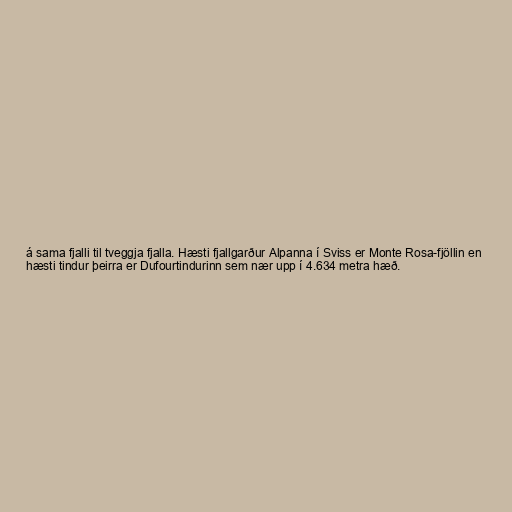
á sama fjalli til tveggja fjalla. Hæsti fjallgarður Alpanna í Sviss er Monte Rosa-fjöllin en
hæsti tindur þeirra er Dufourtindurinn sem nær upp í 4.634 metra hæð.